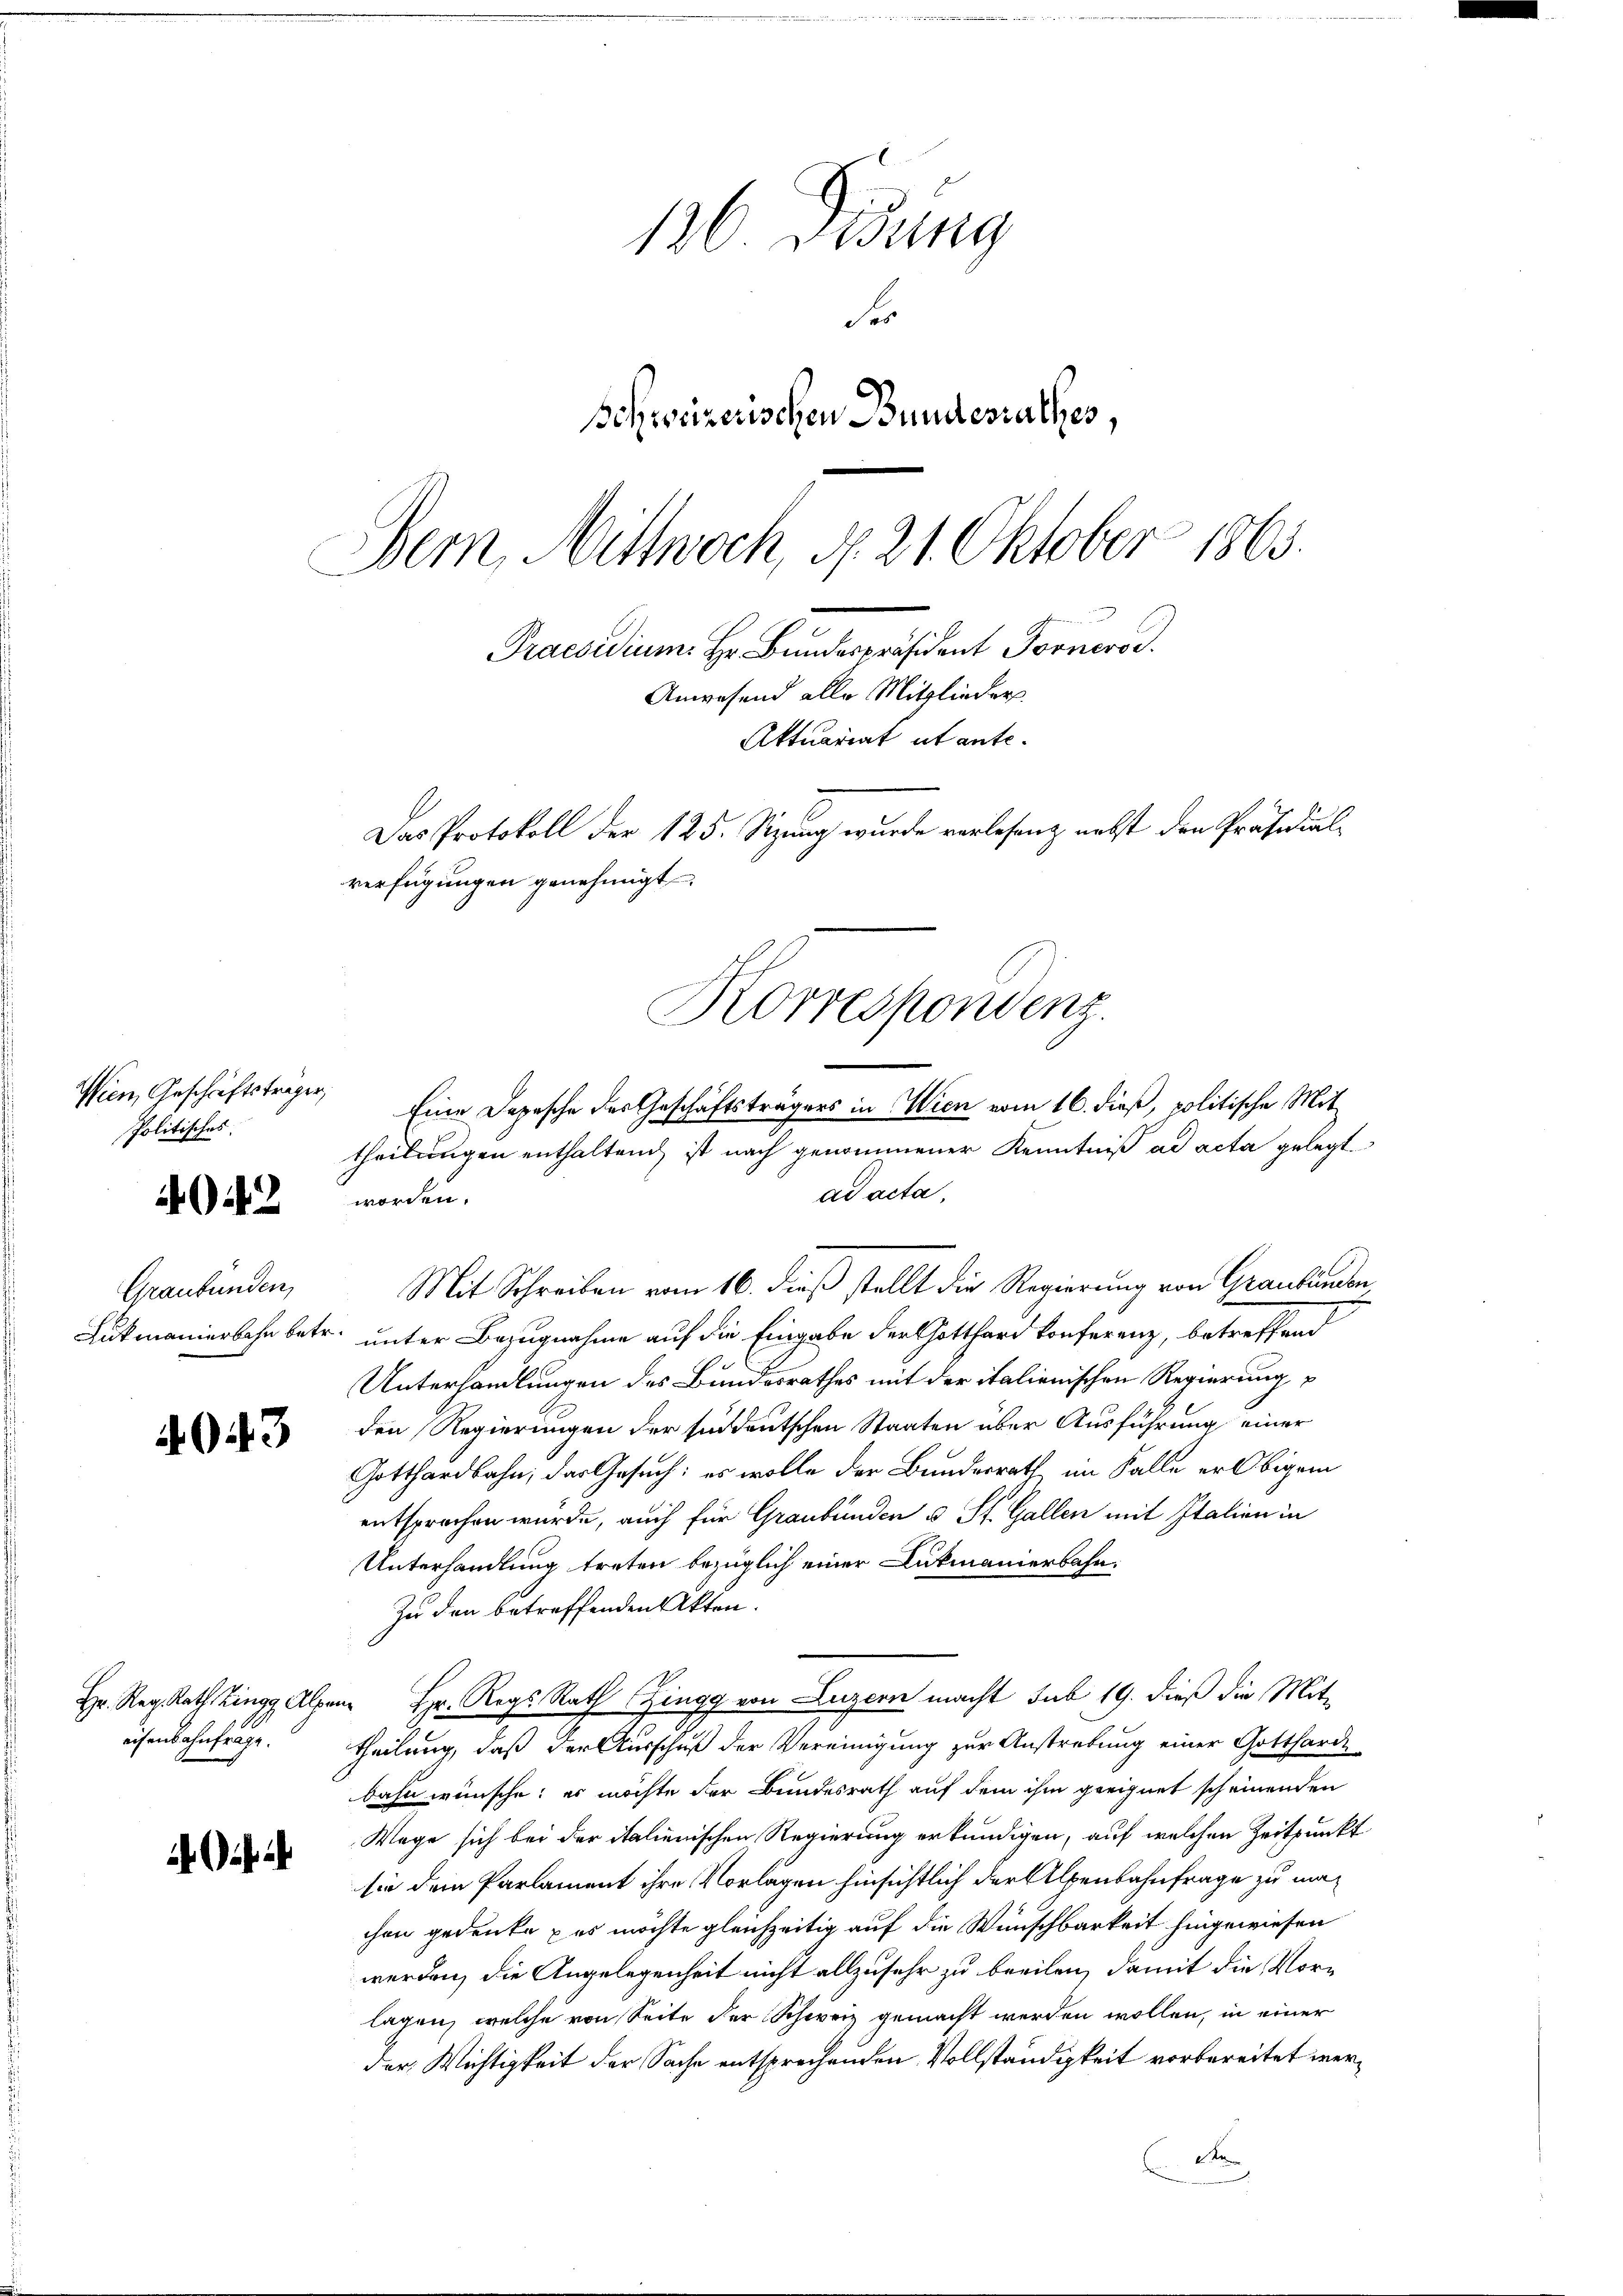
Wien, Geschäftsträger,
Politisches.

A012

Graubünden,

3

eisenbahnfrage.

186 Didung
Fr
Schweizerischen Bundesrathes,
Der, Mittwoch, N. 21. Oktober 1863.

Praesidium. Hr. Bundespräsident Forneros.
Anwesend alle Mitglieder
Aktuariat et ante.
Das Protokoll der 125. Sizung wurde verlesen nebst den Präsidial-
verfügungen genehmigt

ad acta,
worden.
Mit Schreiben vom 16. dieß stellt die Regierung von Graubünden,
Lukmanierbahn betr. unter Bezugnahme auf die Eingabe der Gotthard Konferenz, betreffend
Unterhandlungen des Bundesrathes mit der italienischen Regierung
den Regierungen der sind deutschen Staaten über Ausführung einer
Gotthardbahn, das Gesuch: es wolle der Bundesrath im Falle er Obigen
entsprochen wurde, auch für Graubünden u St. Gallen mit Italien in
Unterhandlung treten bezüglich einer Lukmanierbahn¬
Zu den betreffenden Akten.
Hr. Reg. Rath Zingg Alpen Hr. Regs Rath Zingg von Luzern macht sub 19. dieß die Mit-
theilung, daß der Ausschuß der Vereinigung zur Anstrebung einer Gotthard-
bahn wünsche: es möchte der Bundesrath auf dem ihm geeignet scheinenden
Wege sich bei der italienischen Regierung erkundigen, auf welchen Zeitpunkt
sie dem Parlament ihre Vorlagen hinsichtlich der Alpenbahnfrage zu machen gedenke es möchte gleichzeitig auf die Wünschbarkeit hingewiesen
werden, die Angelegenheit nicht allzusehr zu breiten, damit die Vorlagen, welche von Seite der Schweiz gemacht werden wollen, in einer
der Wichtigkeit der Sache entsprechenden Vollständigkeit vorbereitet werte

Korrespondenz.
Eine Depesche des Geschäftsträgers in Wien vom 16. dieß, politische Mittheilungen enthaltend, ist nach genommener Kenntniß ad acta gelegt